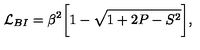
{ \cal { L } } _ { B I } = \beta ^ { 2 } \biggl [ 1 - \sqrt { 1 + 2 P - S ^ { 2 } } \biggr ] ,